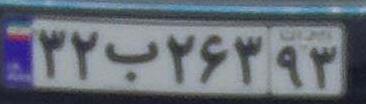
۳۲ب۲۶۳۹۳